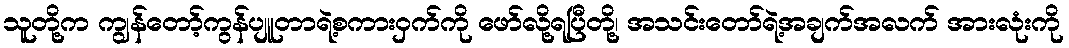
သူတို့က ကျွန်တော့်ကွန်ပျူတာရဲ့စကားဝှက်ကို ဖော်လို့ရပြီတို့၊ အသင်းတော်ရဲ့အချက်အလက် အားလုံးကို